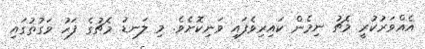
އެއްވަރުކުރީ މެޗު ނިމެން ކައިރިވެފައި ވަނިކޮށެވެ. މި ލަނޑު މެޗުގެ ފަހު ވަގުތުގައި